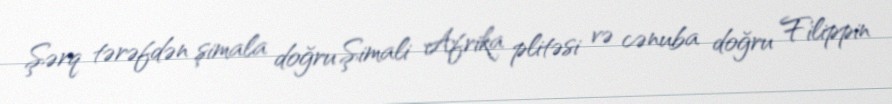
Şərq tərəfdən şimala doğru Şimali Afrika plitəsi və cənuba doğru Filippin